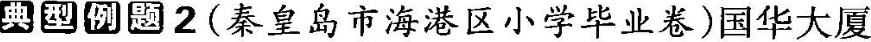
典型例题2(秦皇岛市海港区小学毕业卷)国华大厦